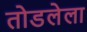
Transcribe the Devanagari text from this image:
तोडलेला